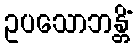
ဥပသောဘန္တိံ